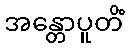
အန္တောပူတိံ